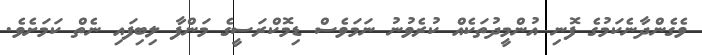
ވެގެންދާނެކަމުގެ ފޮނި އުންމީދުތަކެއް ކުރެވުނު ނަމަވެސް ޑިމޮކްރަސީގެ މަންފާ ލިބިފައި ނެތް ކަމަށެވެ.